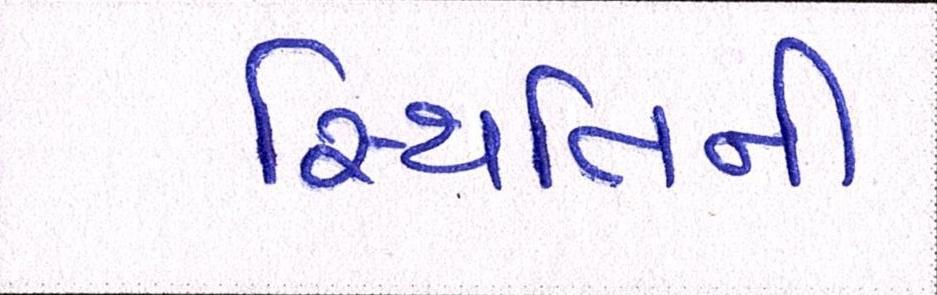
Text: સ્થિતિની